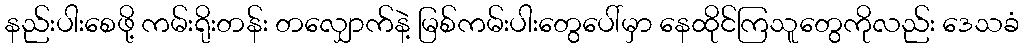
နည်းပါးစေဖို့ ကမ်းရိုးတန်း တလျှောက်နဲ့ မြစ်ကမ်းပါးတွေပေါ်မှာ နေထိုင်ကြသူတွေကိုလည်း ဒေသခံ